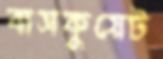
বাসকুয়েট